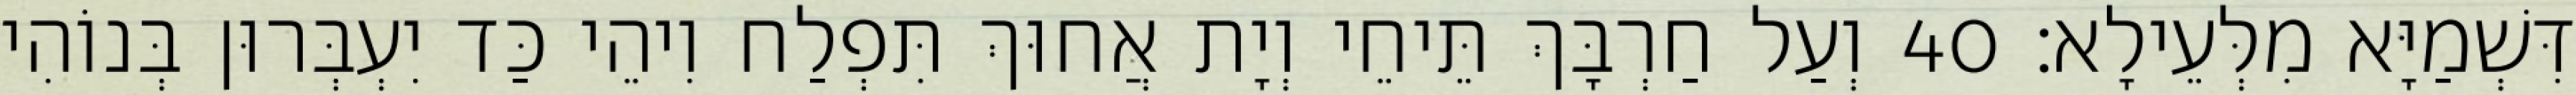
דִּשְׁמַיָּא מִלְּעֵילָא׃ 40 וְעַל חַרְבָּךְ תֵּיחֵי וְיָת אֲחוּךְ תִּפְלַח וִיהֵי כַּד יִעְבְּרוּן בְּנוֹהִי